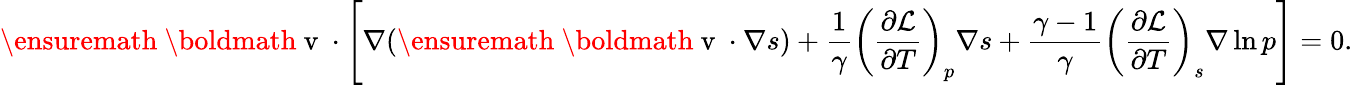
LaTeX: \ensuremath{\mathrm{~\boldmath~v~}}\cdot\left[\nabla(\ensuremath{\mathrm{~\boldmath~v~}}\cdot\nabla s)+\frac{1}{\gamma}\left(\frac{\partial\mathcal{L}}{\partial T}\right)_{p}\nabla s+\frac{\gamma-1}{\gamma}\left(\frac{\partial\mathcal{L}}{\partial T}\right)_{s}\nabla\ln p\right]=0.